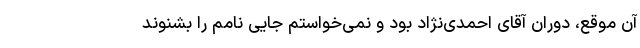
آن موقع، دوران آقای احمدی‌نژاد بود و نمی‌خواستم جایی نامم را بشنوند